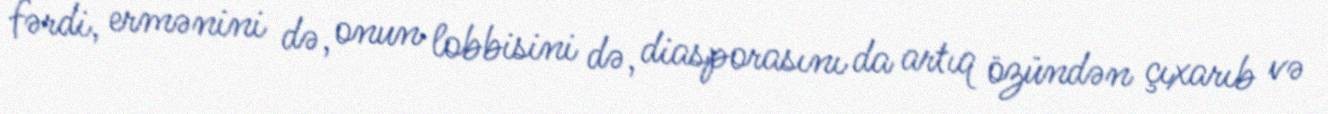
fərdi, ermənini də, onun lobbisini də, diasporasını da artıq özündən çıxarıb və